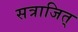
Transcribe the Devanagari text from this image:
सत्राजित्